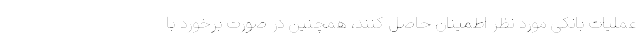
عملیات بانکی مورد نظر اطمینان حاصل کنند، همچنین در صورت برخورد با